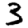
Digit: 3